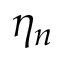
\eta _ { n }